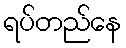
ရပ်တည်နေ